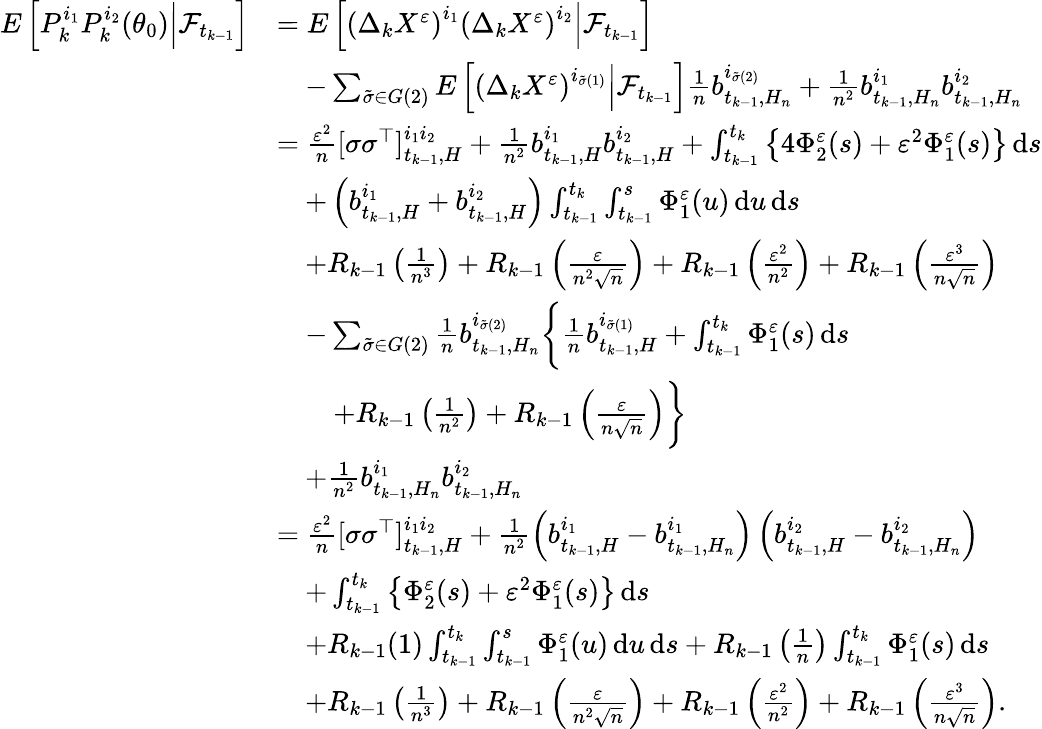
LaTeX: \begin{array}{rl}{E\left[P_{k}^{i_{1}}P_{k}^{i_{2}}(\theta_{0})\Big|\mathcal{F}_{t_{k-1}}\right]}&{=E\left[\left(\Delta_{k}X^{\varepsilon}\right)^{i_{1}}\left(\Delta_{k}X^{\varepsilon}\right)^{i_{2}}\Big|\mathcal{F}_{t_{k-1}}\right]}\\ &{\quad-\sum_{\tilde{\sigma}\in G(2)}E\left[\left(\Delta_{k}X^{\varepsilon}\right)^{i_{\tilde{\sigma}(1)}}\Big|\mathcal{F}_{t_{k-1}}\right]\frac{1}{n}b_{t_{k-1},H_{n}}^{i_{\tilde{\sigma}(2)}}+\frac{1}{n^{2}}b_{t_{k-1},H_{n}}^{i_{1}}b_{t_{k-1},H_{n}}^{i_{2}}}\\ &{=\frac{\varepsilon^{2}}{n}[\sigma\sigma^{\top}]_{t_{k-1},H}^{i_{1}i_{2}}+\frac{1}{n^{2}}b_{t_{k-1},H}^{i_{1}}b_{t_{k-1},H}^{i_{2}}+\int_{t_{k-1}}^{t_{k}}\left\{ 4\Phi_{2}^{\varepsilon}(s)+\varepsilon^{2}\Phi_{1}^{\varepsilon}(s)\right\} \, \mathrm{d}s}\\ &{\quad+\left(b_{t_{k-1},H}^{i_{1}}+b_{t_{k-1},H}^{i_{2}}\right)\int_{t_{k-1}}^{t_{k}}\int_{t_{k-1}}^{s}\Phi_{1}^{\varepsilon}(u)\, \mathrm{d}u\, \mathrm{d}s}\\ &{\quad+R_{k-1}\left(\frac{1}{n^{3}}\right)+R_{k-1}\left(\frac{\varepsilon}{n^{2}\sqrt{n}}\right)+R_{k-1}\left(\frac{\varepsilon^{2}}{n^{2}}\right)+R_{k-1}\left(\frac{\varepsilon^{3}}{n\sqrt{n}}\right)}\\ &{\quad-\sum_{\tilde{\sigma}\in G(2)}\frac{1}{n}b_{t_{k-1},H_{n}}^{i_{\tilde{\sigma}(2)}}\bigg\{ \frac{1}{n}b_{t_{k-1},H}^{i_{\tilde{\sigma}(1)}}+\int_{t_{k-1}}^{t_{k}}\Phi_{1}^{\varepsilon}(s)\, \mathrm{d}s}\\ &{\qquad+R_{k-1}\left(\frac{1}{n^{2}}\right)+R_{k-1}\left(\frac{\varepsilon}{n\sqrt{n}}\right)\bigg\} }\\ &{\quad+\frac{1}{n^{2}}b_{t_{k-1},H_{n}}^{i_{1}}b_{t_{k-1},H_{n}}^{i_{2}}}\\ &{=\frac{\varepsilon^{2}}{n}[\sigma\sigma^{\top}]_{t_{k-1},H}^{i_{1}i_{2}}+\frac{1}{n^{2}}\left(b_{t_{k-1},H}^{i_{1}}-b_{t_{k-1},H_{n}}^{i_{1}}\right)\left(b_{t_{k-1},H}^{i_{2}}-b_{t_{k-1},H_{n}}^{i_{2}}\right)}\\ &{\quad+\int_{t_{k-1}}^{t_{k}}\left\{ \Phi_{2}^{\varepsilon}(s)+\varepsilon^{2}\Phi_{1}^{\varepsilon}(s)\right\} \, \mathrm{d}s}\\ &{\quad+R_{k-1}(1)\int_{t_{k-1}}^{t_{k}}\int_{t_{k-1}}^{s}\Phi_{1}^{\varepsilon}(u)\, \mathrm{d}u\, \mathrm{d}s+R_{k-1}\left(\frac{1}{n}\right)\int_{t_{k-1}}^{t_{k}}\Phi_{1}^{\varepsilon}(s)\, \mathrm{d}s}\\ &{\quad+R_{k-1}\left(\frac{1}{n^{3}}\right)+R_{k-1}\left(\frac{\varepsilon}{n^{2}\sqrt{n}}\right)+R_{k-1}\left(\frac{\varepsilon^{2}}{n^{2}}\right)+R_{k-1}\left(\frac{\varepsilon^{3}}{n\sqrt{n}}\right).}\end{array}